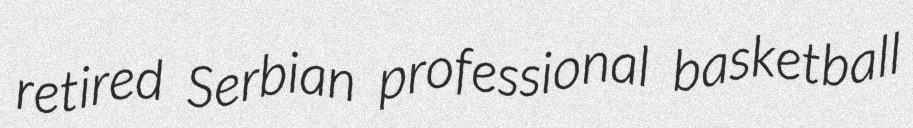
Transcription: retired Serbian professional basketball